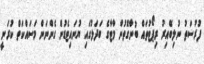
ފުރުސަތު ނުލިބޭއިރު ރިޕޯޓުތައް ބުނާގޮތުން މާޓާގެ ބަދަލުގައި ޔުނައިޓެޑުން ގެންނަން މަސައްކަތް ކުރަނީ